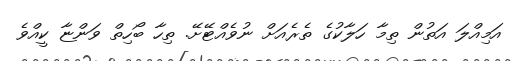
އަމިއްލަ އަތުން ތިމާ ހަލާކުގެ ތެރެއަށް ނުވެއްޓޭށޭ. ތިހާ ބޯހިތް ވަންޏާ ކީއްވެ